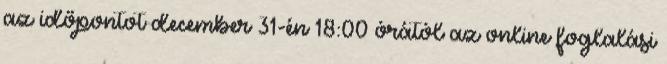
az időpontot december 31-én 18:00 órától az online foglalási